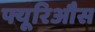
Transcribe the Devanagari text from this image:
फ्यूरिऔस